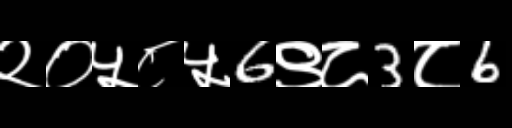
Text: २०५८५6९८3८6